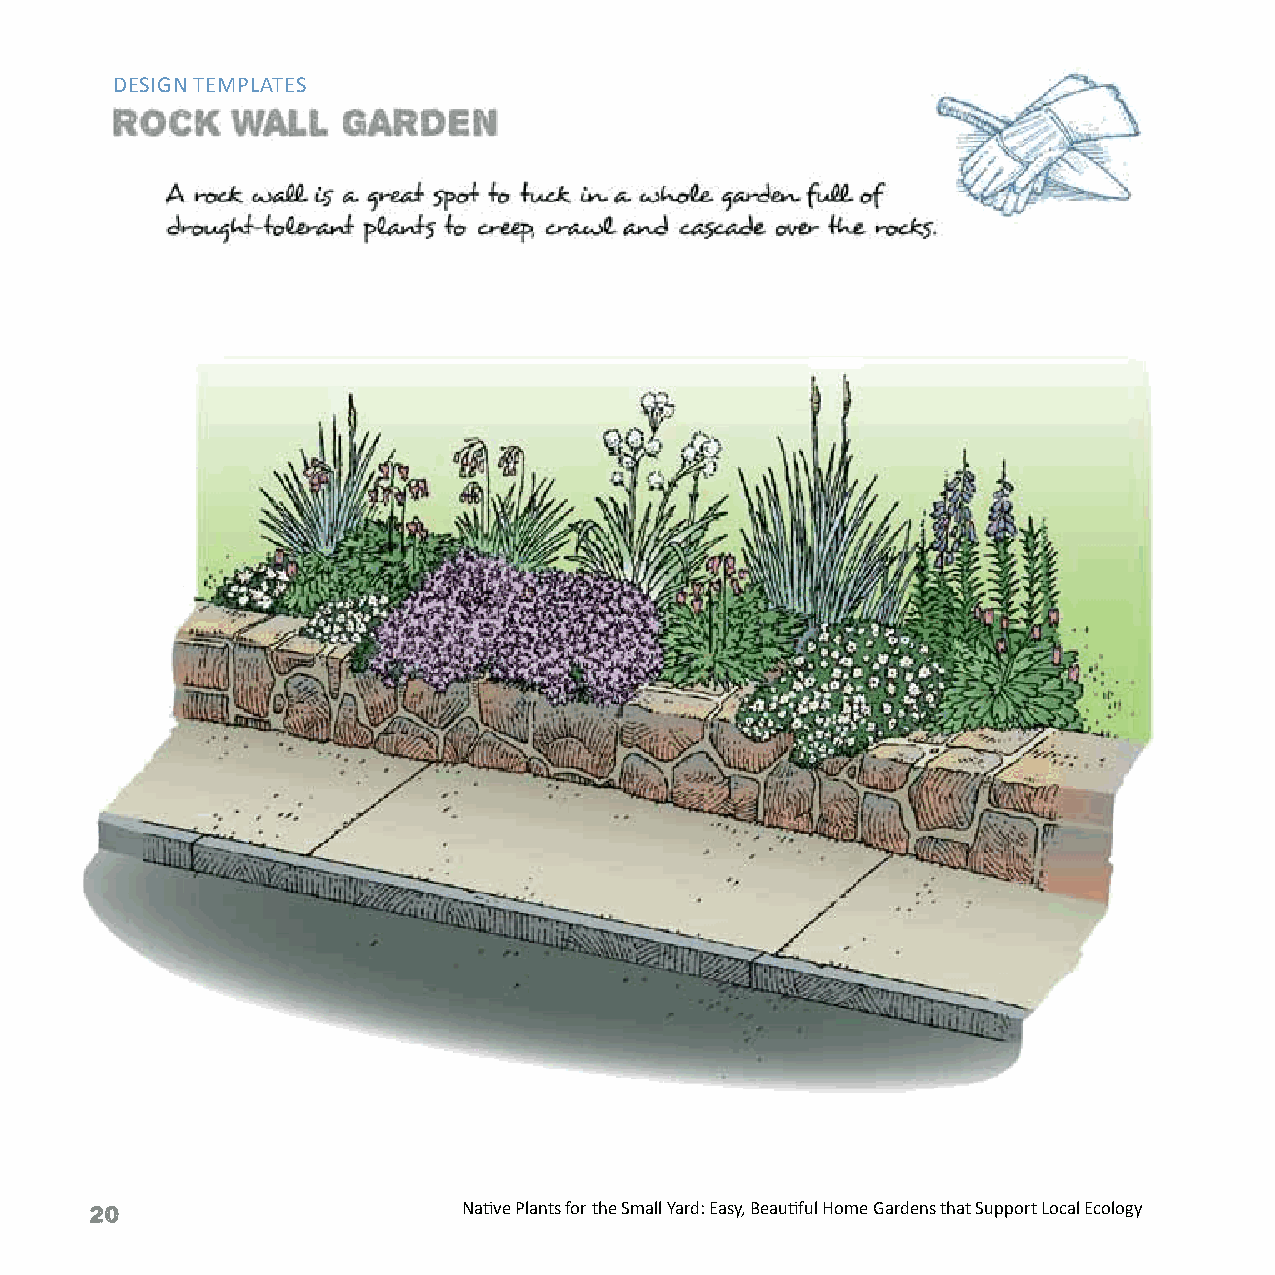
DESIGN TEMPLATES
 20                       Native Plants for the Small Yard: Easy, Beautiful Home Gardens that Support Local Ecology